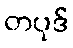
တပုဒ်